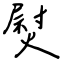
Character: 熨